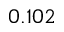
0 . 1 0 2